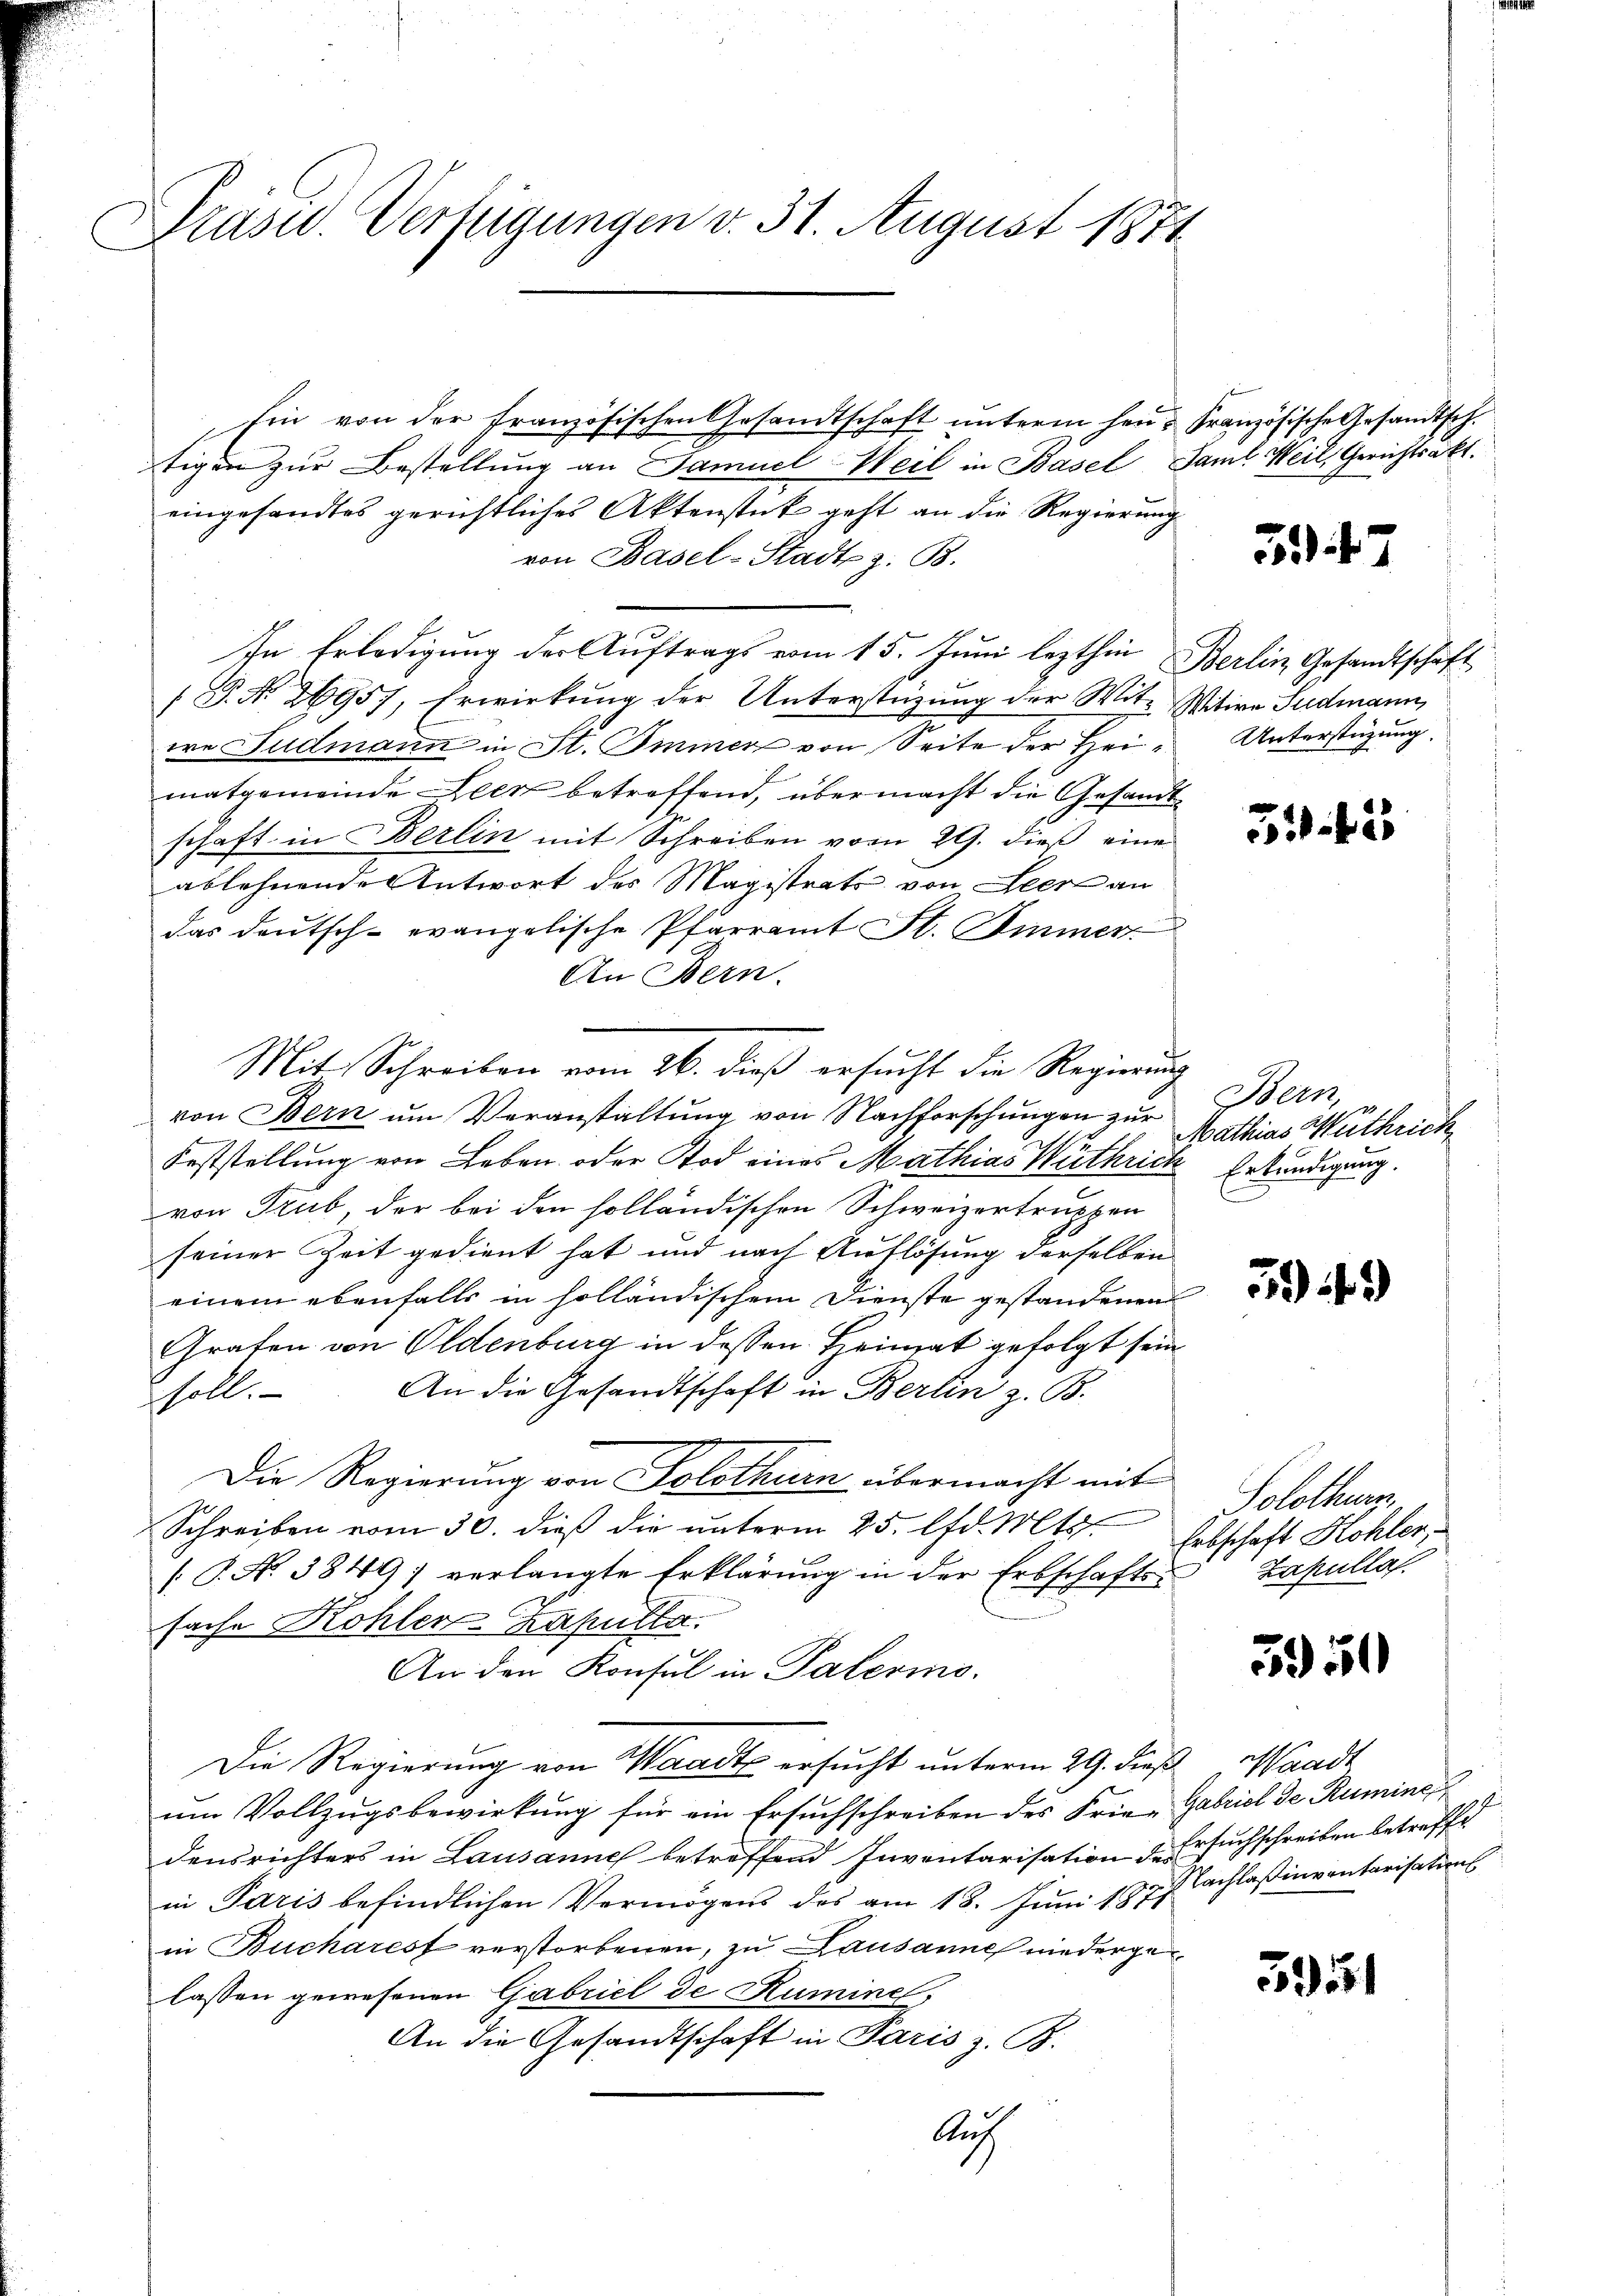
Präsid. Verfügungen v. 31. August 1871

Mit Schreiben vom 26. dieß ersucht die Regierung

Ein von der französischen Gesandtschaft unterm hen: Französische Gesandtsch.
tigen zur Bestellung an Samuel Weil in Basel Saml Weil, Gerichtsakt
eingesandtes gerichtliches Aktenstück geht an die Regierung
von Basel-Stadt z. B.
In Erledigung der Auftrags vom 15. Juni lezthin Berlin Gesandtschaft
 P. Nr. 26957, Erwirkŭng der Unterstützŭng der Witz Witwe Sudmann,
ie Judmann in St. Immer von Seite der Heimatgemeinde Leer betreffend, übermacht die Gesandtschaft in Berlin mit Schreiben vom 29. dieß eine
ablehnende Antwort des Magistrato von Leere an
das deutsch-evangelische Pfarramt St. Immer
An Bern.
von Bern um Veranstaltung von Nachforschungen zur
Feststellung von Leben oder Tod eines Mathias Wüthrick Erkundigung.
von Trub, der bei den solländischen Schweizertruppen
seiner Zeit gedient hat und nach Auflösung derselben
einem ebenfalls in holländischem Dienste gestandenen
Grafen von Oldenburg in dessen Heimat gefolgt sein
An die Gesandtschaft in Bertin z. B.
sholt.
Die Regierung von Solothurn übermacht mit
Schreiben vom 30. dieß die unterm 25. lfd. Mts.
[P. N. 3849; verlangte Erklärung in der Erbschaftsfache Kohler Kaputta.
An den Konsul in Paterino.
Die Regierung von Waadt ersŭcht unterm 29. dieβ Waadt
um Vollzugsbewirkung für ein Ersuchschreiben des Frie-Gabriol de Rumine
densrichters in Lausanne betreffend Inventarisation die Ersuchschreiben betreffe
in Paris befindlichen Vermögens des am 18. Juni 1877 Cachlaßinventarisations
in Bucharest verstorbenen, zu Lausanne niedergelassen gewesenen Gabriel de Ruminel
An die Gesandtschaft in Paris z. B.
Auf

5

Unterstützung.

53. 425

Bern, u.
Mathias Wuthrich

5949)

Solothur.
Eebschaft Kohler,
Zapulla.

5950

5951